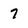
Character: 7